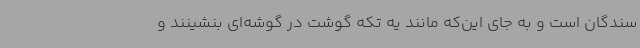
سندگان است و به جای این‌که مانند یه تکه گوشت در گوشه‌ای بنشینند و